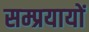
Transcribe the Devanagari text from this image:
सम्प्रयायों